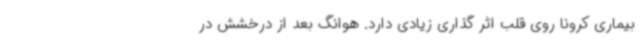
بیماری کرونا روی قلب اثر گذاری زیادی دارد. هوانگ بعد از درخشش در